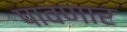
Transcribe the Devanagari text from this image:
पावणार